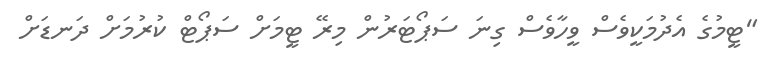
"ޓީމުގެ އެދުމަކީވެސް ވީހާވެސް ގިނަ ސަޕޯޓަރުން މިރޭ ޓީމަށް ސަޕޯޓް ކުރުމަށް ދަނޑަށް